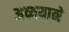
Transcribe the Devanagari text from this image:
अव्ययाने